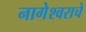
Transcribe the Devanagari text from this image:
नागेेश्वराचे